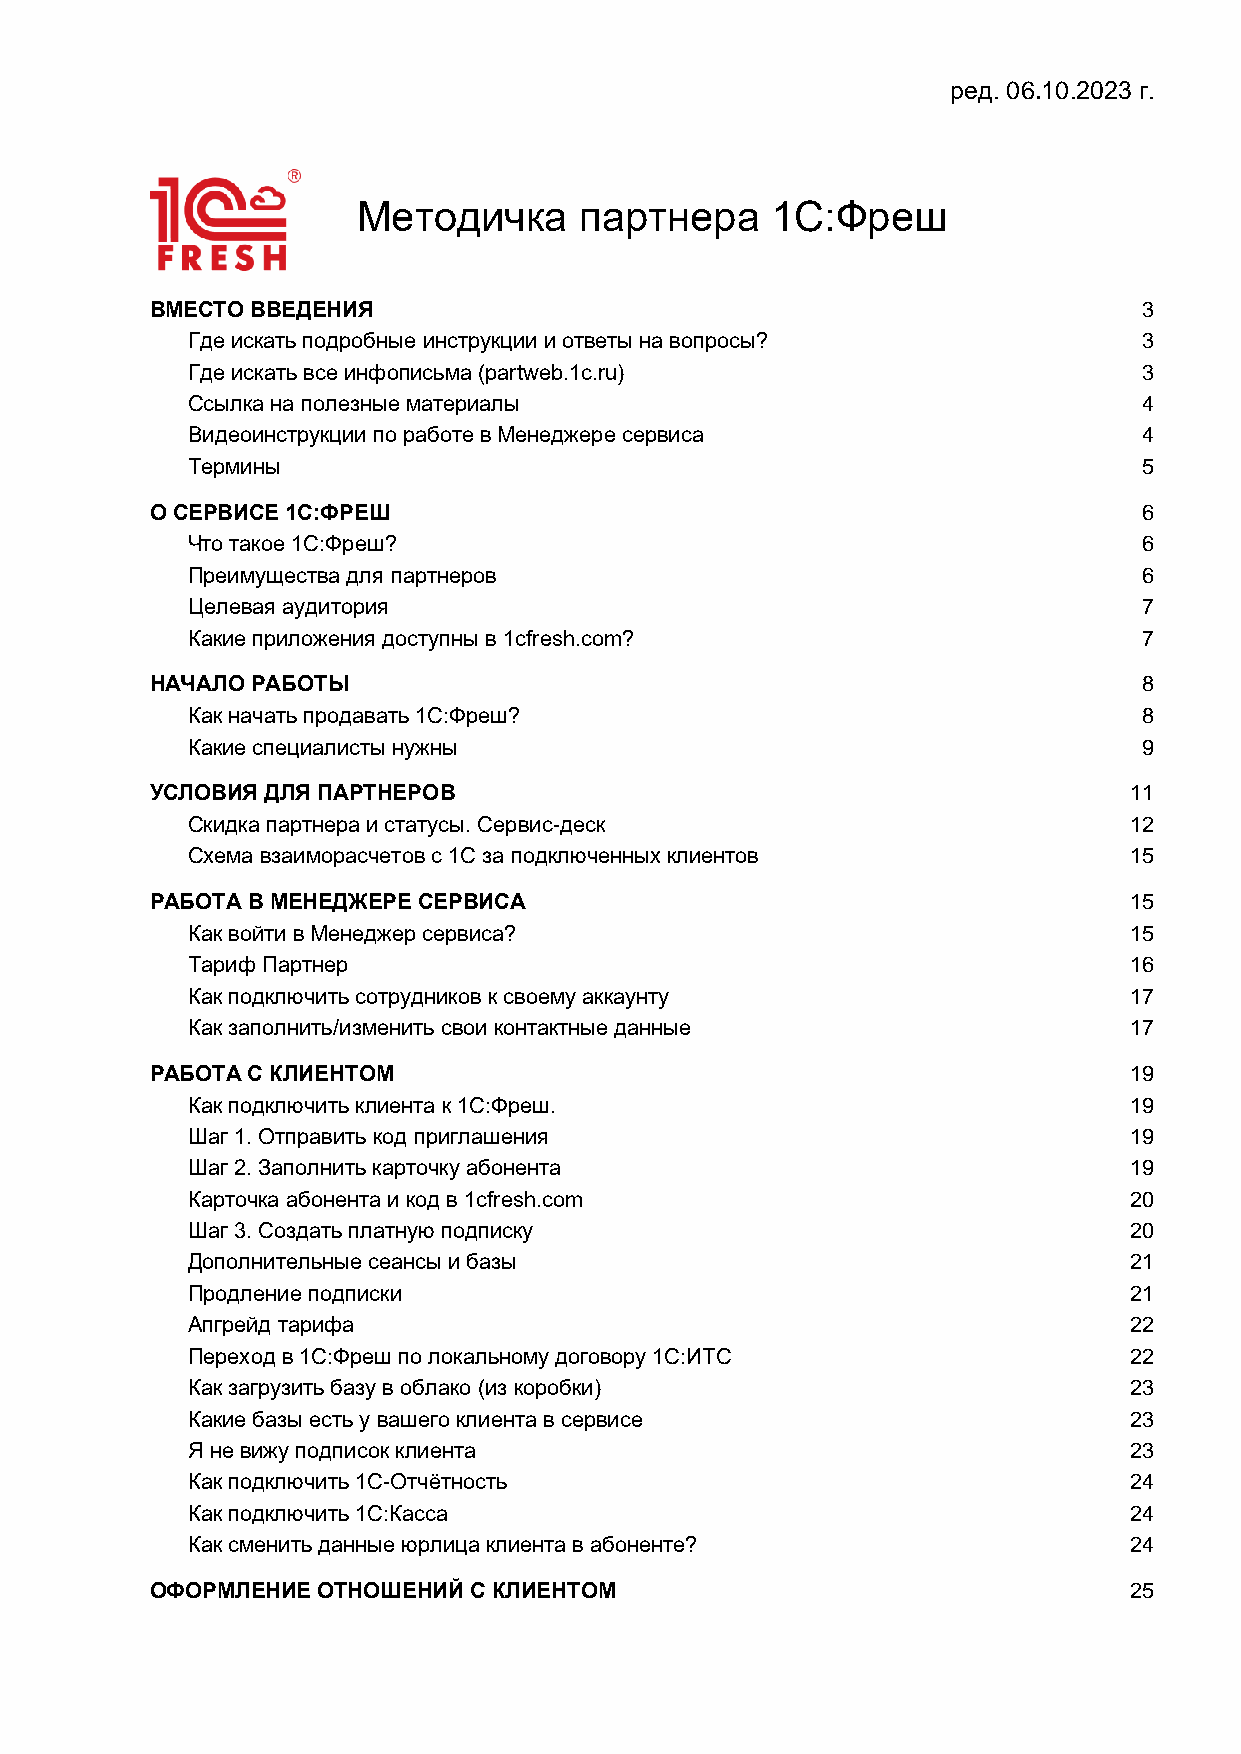
ред. 06.10.2023 г.
 Методичка     партнера     1С:Фреш
 ВМЕСТО ВВЕДЕНИЯ                                                   3
 Где искать подробные инструкции и ответы на вопросы?            3
 Где искать все инфописьма (partweb.1c.ru)                       3
 Ссылка на полезные материалы                                    4
 Видеоинструкции по работе в Менеджере сервиса                   4
 Термины                                                         5
 О СЕРВИСЕ 1С:ФРЕШ                                                 6
 Что такое 1С:Фреш?                                              6
 Преимущества для партнеров                                      6
 Целевая аудитория                                               7
 Какие приложения доступны в 1cfresh.com?                        7
 НАЧАЛО РАБОТЫ                                                     8
 Как начать продавать 1С:Фреш?                                   8
 Какие специалисты нужны                                         9
 УСЛОВИЯ ДЛЯ ПАРТНЕРОВ                                            11
 Скидка партнера и статусы. Сервис-деск                         12
 Схема взаиморасчетов с 1С за подключенных клиентов             15
 РАБОТА В МЕНЕДЖЕРЕ СЕРВИСА                                       15
 Как войти в Менеджер сервиса?                                  15
 Тариф Партнер                                                  16
 Как подключить сотрудников к своему аккаунту                   17
 Как заполнить/изменить свои контактные данные                  17
 РАБОТА С КЛИЕНТОМ                                                19
 Как подключить клиента к 1С:Фреш.                              19
 Шаг 1. Отправить код приглашения                               19
 Шаг 2. Заполнить карточку абонента                             19
 Карточка абонента и код в 1cfresh.com                          20
 Шаг 3. Создать платную подписку                                20
 Дополнительные сеансы и базы                                   21
 Продление подписки                                             21
 Апгрейд тарифа                                                 22
 Переход в 1С:Фреш по локальному договору 1С:ИТС                22
 Как загрузить базу в облако (из коробки)                       23
 Какие базы есть у вашего клиента в сервисе                     23
 Я не вижу подписок клиента                                     23
 Как подключить 1С-Отчётность                                   24
 Как подключить 1С:Касса                                        24
 Как сменить данные юрлица клиента в абоненте?                  24
 ОФОРМЛЕНИЕ ОТНОШЕНИЙ С КЛИЕНТОМ                                  25